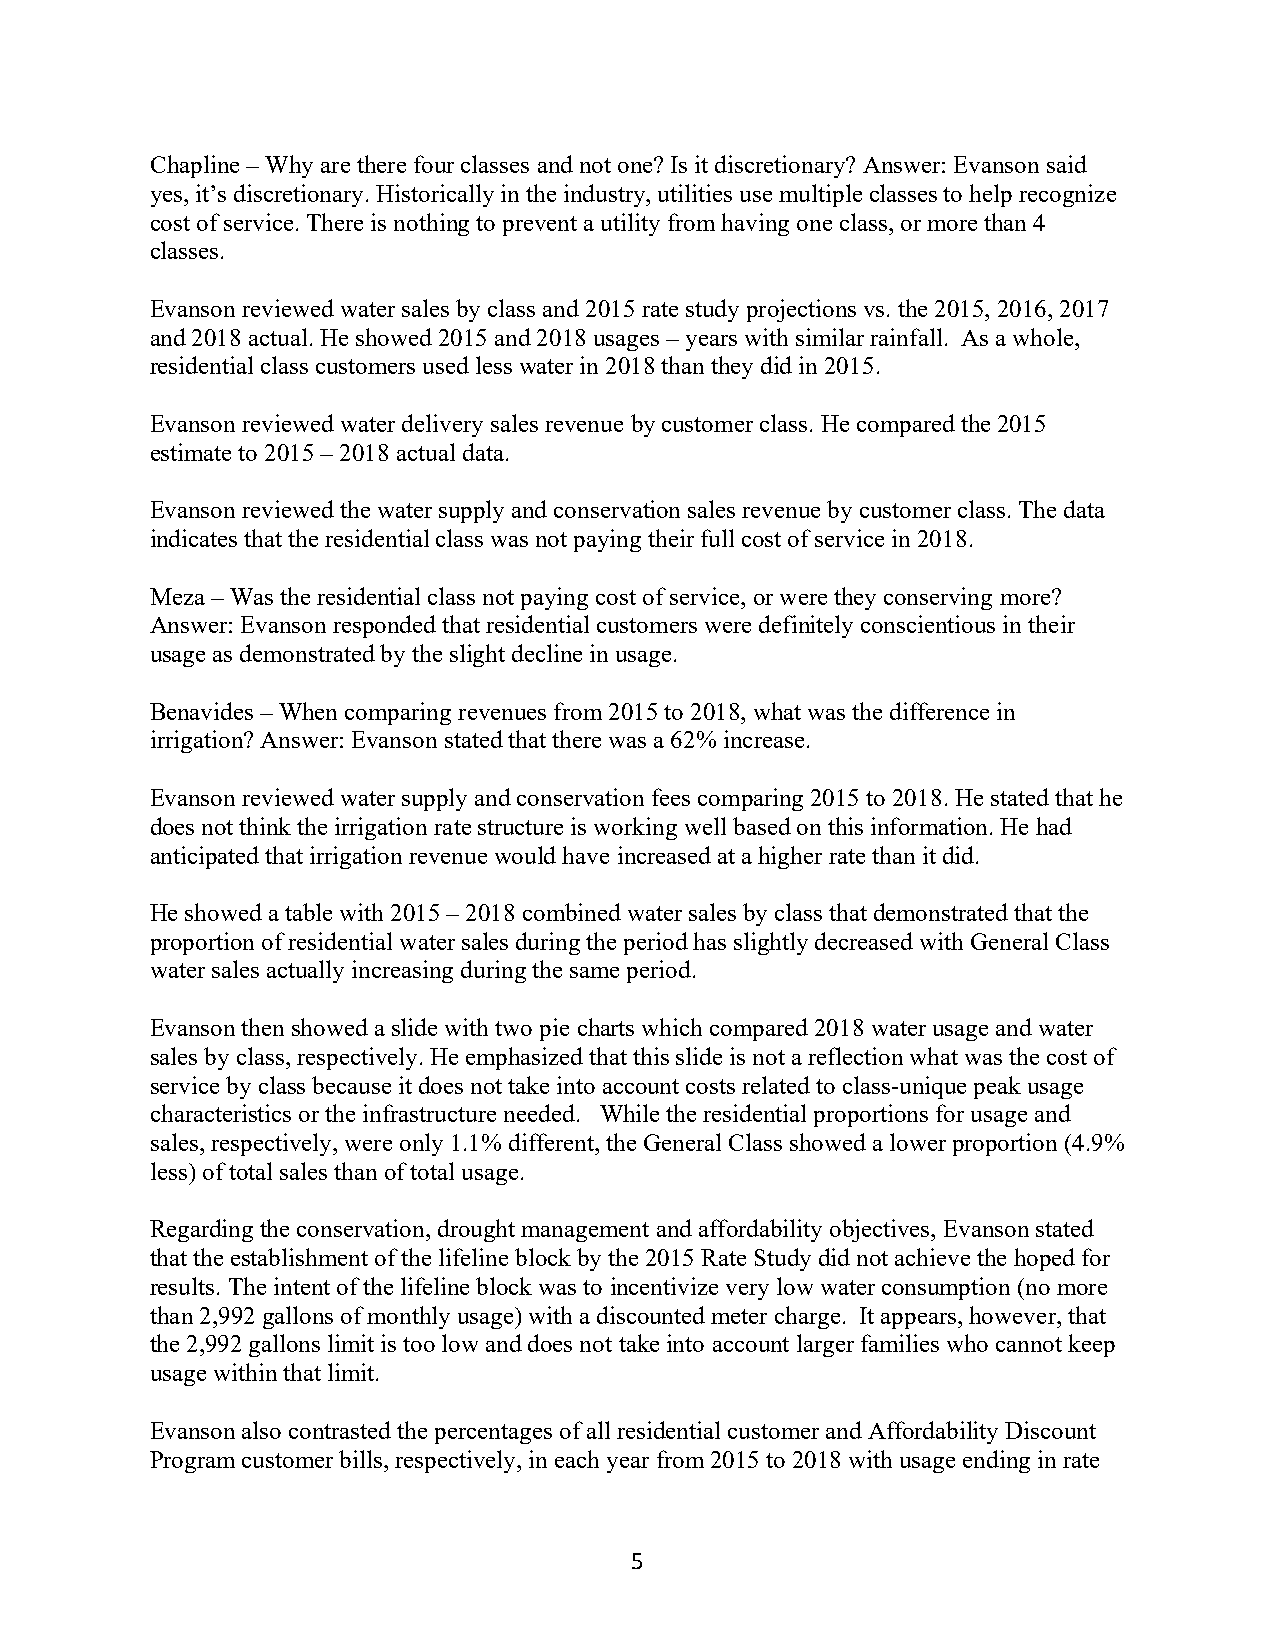
Chapline – Why are there four classes and not one? Is it discretionary? Answer: Evanson said
 yes, it’s discretionary. Historically in the industry, utilities use multiple classes to help recognize
 cost of service. There is nothing to prevent a utility from having one class, or more than 4
 classes.
 Evanson reviewed water sales by class and 2015 rate study projections vs. the 2015, 2016, 2017
 and 2018 actual. He showed 2015 and 2018 usages – years with similar rainfall. As a whole,
 residential class customers used less water in 2018 than they did in 2015.
 Evanson reviewed water delivery sales revenue by customer class. He compared the 2015
 estimate to 2015 – 2018 actual data.
 Evanson reviewed the water supply and conservation sales revenue by customer class. The data
 indicates that the residential class was not paying their full cost of service in 2018.
 Meza – Was the residential class not paying cost of service, or were they conserving more?
 Answer: Evanson responded that residential customers were definitely conscientious in their
 usage as demonstrated by the slight decline in usage.
 Benavides – When comparing revenues from 2015 to 2018, what was the difference in
 irrigation? Answer: Evanson stated that there was a 62% increase.
 Evanson reviewed water supply and conservation fees comparing 2015 to 2018. He stated that he
 does not think the irrigation rate structure is working well based on this information. He had
 anticipated that irrigation revenue would have increased at a higher rate than it did.
 He showed a table with 2015 – 2018 combined water sales by class that demonstrated that the
 proportion of residential water sales during the period has slightly decreased with General Class
 water sales actually increasing during the same period.
 Evanson then showed a slide with two pie charts which compared 2018 water usage and water
 sales by class, respectively. He emphasized that this slide is not a reflection what was the cost of
 service by class because it does not take into account costs related to class-unique peak usage
 characteristics or the infrastructure needed. While the residential proportions for usage and
 sales, respectively, were only 1.1% different, the General Class showed a lower proportion (4.9%
 less) of total sales than of total usage.
 Regarding the conservation, drought management and affordability objectives, Evanson stated
 that the establishment of the lifeline block by the 2015 Rate Study did not achieve the hoped for
 results. The intent of the lifeline block was to incentivize very low water consumption (no more
 than 2,992 gallons of monthly usage) with a discounted meter charge. It appears, however, that
 the 2,992 gallons limit is too low and does not take into account larger families who cannot keep
 usage within that limit.
 Evanson also contrasted the percentages of all residential customer and Affordability Discount
 Program customer bills, respectively, in each year from 2015 to 2018 with usage ending in rate
 5